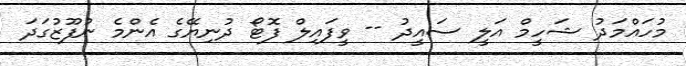
މުހައްމަދު ޝަހީމް އަލީ ސައީދު -- ވީފައިލް ފޮޓޯ ދުނިޔޭގެ އެންމެ ނުފޫޒުގަދަ